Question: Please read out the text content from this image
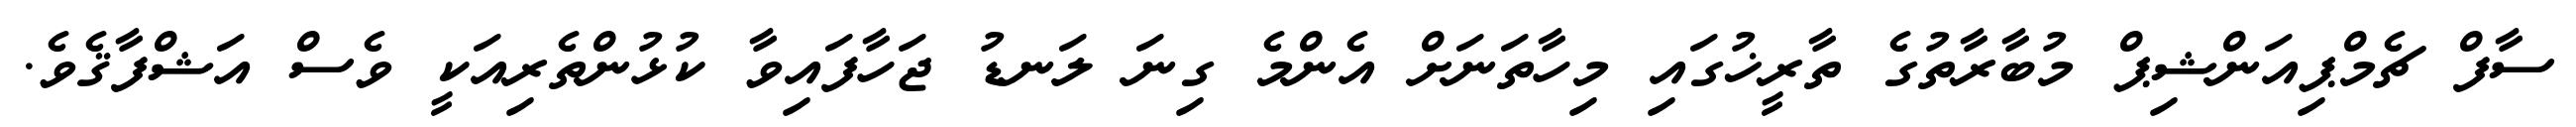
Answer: ސާފް ޗެމްޕިއަންޝިޕް މުބާރާތުގެ ތާރީޚުގައި މިހާތަނަށް އެންމެ ގިނަ ލަނޑު ޖަހާފައިވާ ކުޅުންތެރިއަކީ ވެސް އަޝްފާޤެވެ.